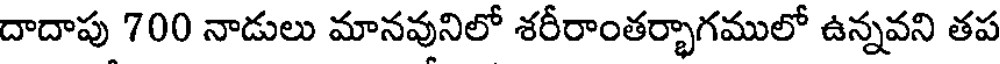
దాదాపు 700 నాడులు మానవునిలో శరీరాంతర్భాగములో ఉన్నవని తప